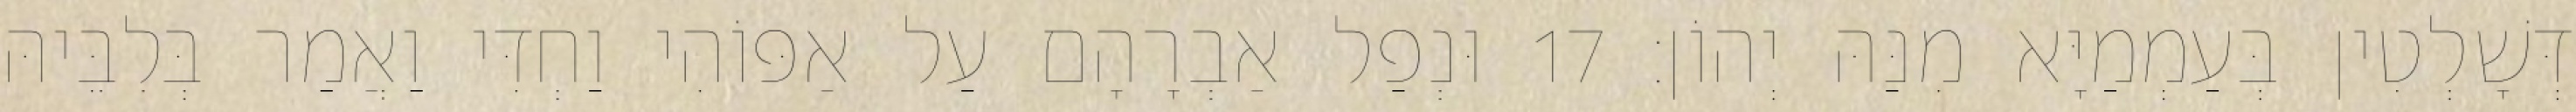
דְּשָׁלְטִין בְּעַמְמַיָּא מִנַּהּ יְהוֹן׃ 17 וּנְפַל אַבְרָהָם עַל אַפּוֹהִי וַחְדִּי וַאֲמַר בְּלִבֵּיהּ